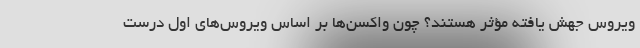
ویروس جهش یافته مؤثر هستند؟ چون واکسن‌ها بر اساس ویروس‌های اول درست